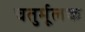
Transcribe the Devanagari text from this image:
चतुर्मूलक